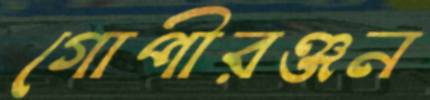
গোপীরঞ্জন